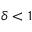
\delta < 1